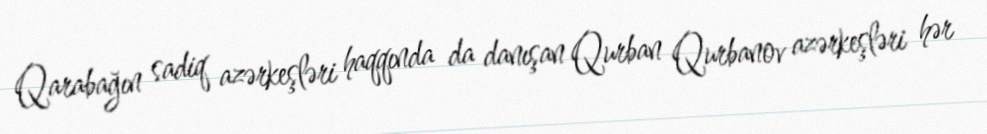
Qarabağın sadiq azərkeşləri haqqında da danışan Qurban Qurbanov azərkeşləri hər